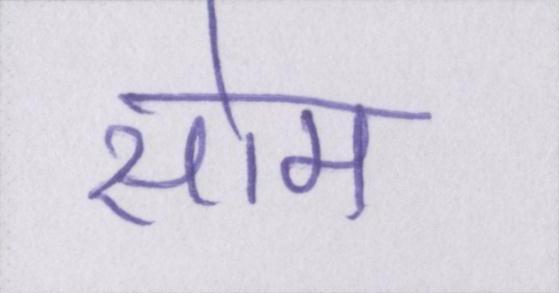
सोम